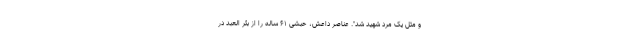
و مثل یک مرد شهید شد". عناصر داعش، حبشی ۶۱ ساله را از بئر العبد در